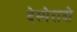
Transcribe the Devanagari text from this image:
देस्पेरादो